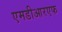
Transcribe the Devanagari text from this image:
एमडीआरएफ